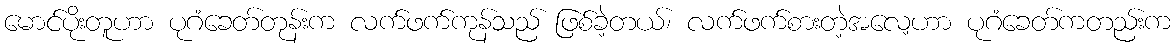
မောင်ပိုးတူဟာ ပုဂံခေတ်တုန်းက လက်ဖက်ကုန်သည် ဖြစ်ခဲ့တယ်၊ လက်ဖက်စားတဲ့အလေ့ဟာ ပုဂံခေတ်ကတည်းက